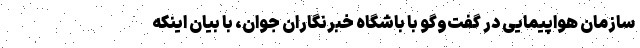
سازمان هواپیمایی در گفت‌وگو با باشگاه خبرنگاران جوان، با بیان اینکه